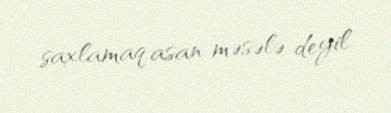
saxlamaq asan məsələ deyil.